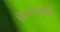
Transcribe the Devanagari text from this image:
सुलावाईन